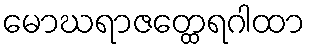
မောဃရာဇတ္ထေရဂါထာ